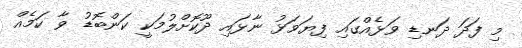
މި ފަދަ ދަނޑި ވަޅެއްގައި ފިޔަވަޅު ނާޅައި ދޫކޮށްލުމަކީ ކަންބޮޑު ވާ ކަމެއް